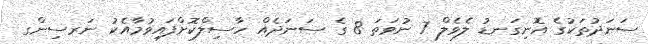
ސަނަދުތަކުގެ އޮނިގަނޑު ލެވެލް 7 ނުވަތަ 8 ގެ ސަނަދެއް ހާސިލްކޮށްފައިވުމާއެކު ނަރސިންގ